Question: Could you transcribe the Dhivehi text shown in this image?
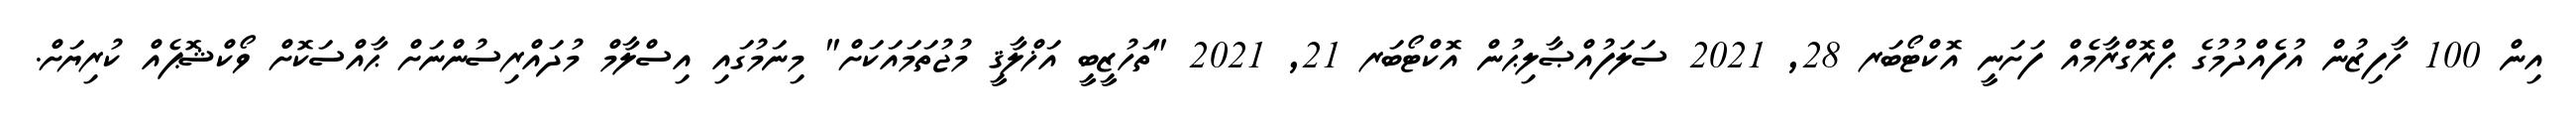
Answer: އިން 100 ހާފިޒުން އުފެއްދުމުގެ ޕްރޮގްރާމެއް ފަށަނީ އޮކްޓޯބަރ 28, 2021 ސަލަފުއްޞާލިޙުން އޮކްޓޯބަރ 21, 2021 "ތަހުޒީބީ އަޚްލާޤީ މުޖުތަމައަކަށް" މިނަމުގައި އިސްލާމް މުދައްރިސުންނަށް ޙާއްސަކޮށް ވޯކްޝޮޕެއް ކުރިޔަށް.